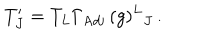
T _ { J } ^ { \prime } = T _ { L } \Gamma _ { \mathrm { A d j } } \, ( g ) ^ { L } { } _ { J } \, .